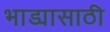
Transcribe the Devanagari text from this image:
भाड्यासाठी